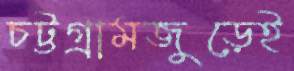
চট্টগ্রামজুড়েই